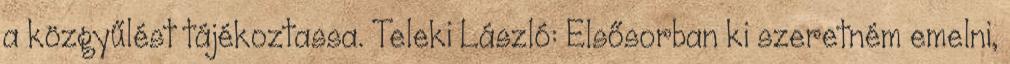
a közgyűlést tájékoztassa. Teleki László: Elsősorban ki szeretném emelni,